Report on the lunatic asylums under the Government of Bombay - 1904-1913
Year: 1904
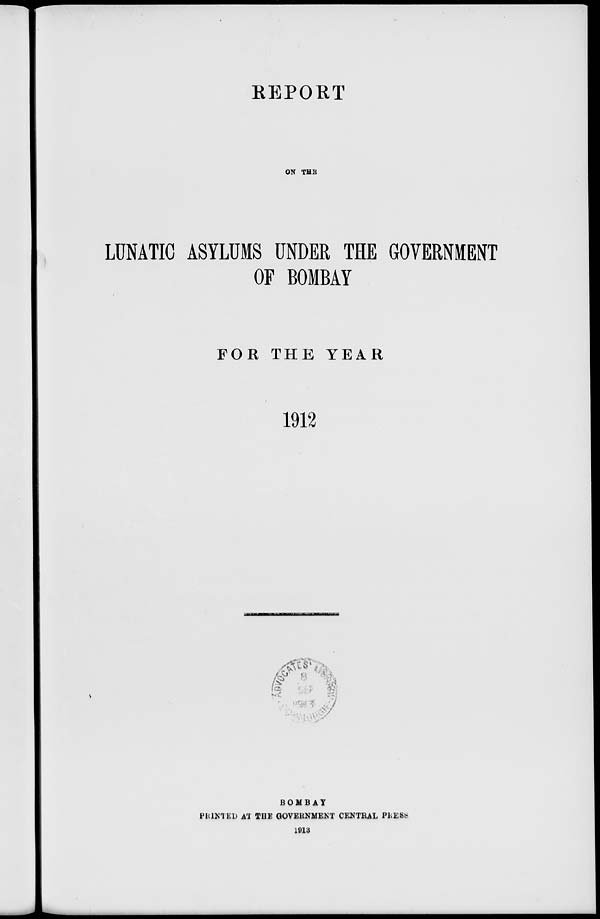
REPORT
ON THE
LUNATIC ASYLUMS UNDER THE GOVERNMENT
OF BOMBAY
FOR THE YEAR
1912
BOMBAY
PRINTED AT THE GOVERNMENT CENTRAL PRESS
1913